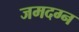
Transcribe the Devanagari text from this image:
जमदग्न